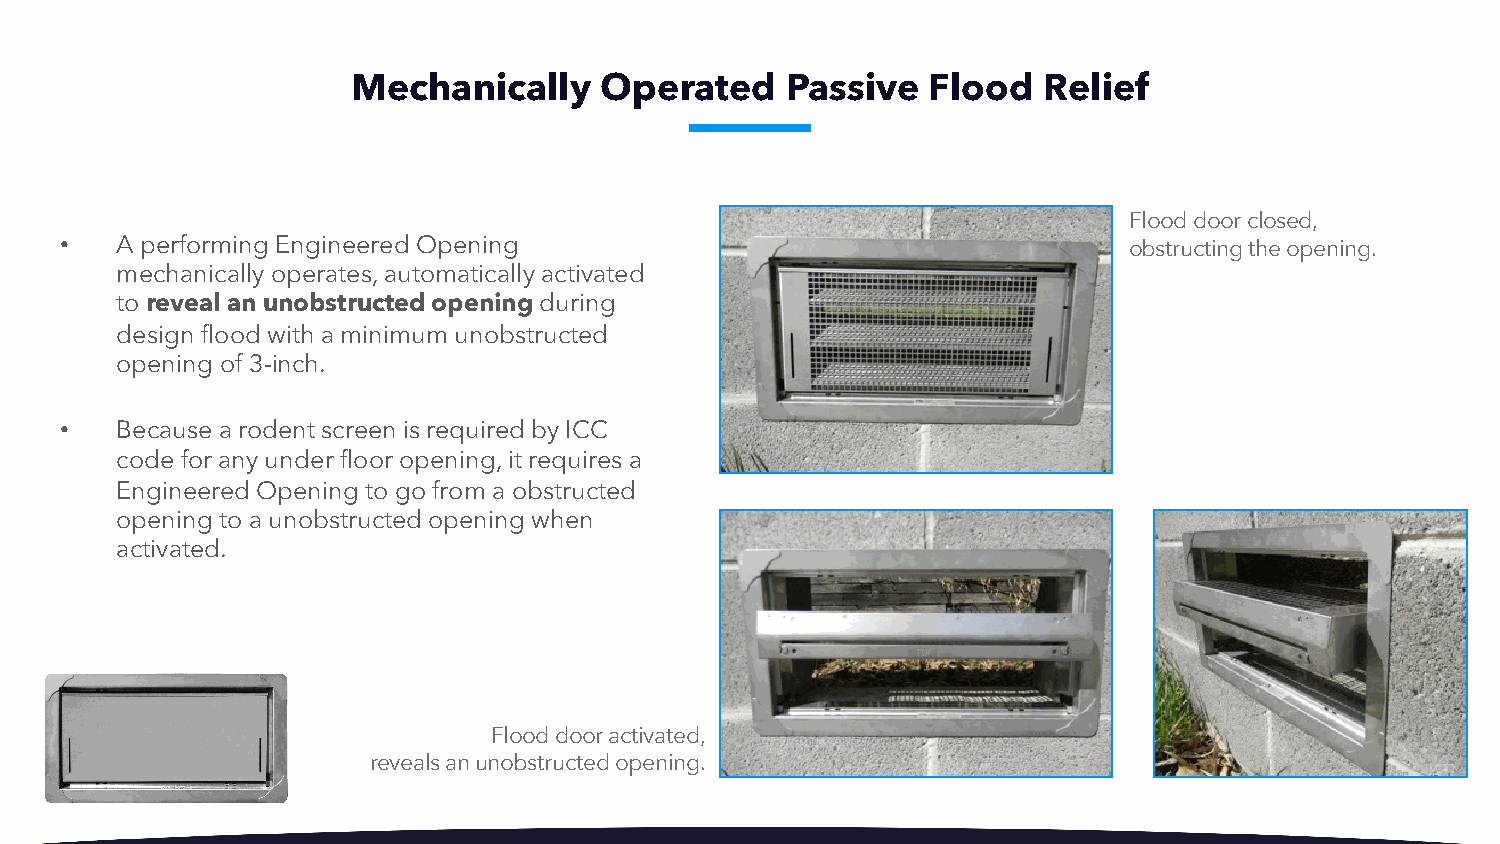
Mechanically     Operated    Passive   Flood  Relief
 Flood door closed,
 •   A performing Engineered Opening                                    obstructing the opening.
 mechanically operates, automatically activated
 to reveal an unobstructed opening during
 design flood with a minimum unobstructed
 opening of 3-inch.
 •   Because a rodent screen is required by ICC
 code for any under floor opening, it requires a
 Engineered Opening to go from a obstructed
 opening to a unobstructed opening when
 activated.
 Flood door activated,
 reveals an unobstructed opening.